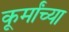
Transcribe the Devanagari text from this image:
कूर्मांच्या